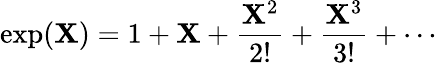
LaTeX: \exp(\mathbf{X})=1+\mathbf{X}+{\frac{{\mathbf{X}^{2}}}{{2!}}}+{\frac{{\mathbf{X}^{3}}}{{3!}}}+\cdots